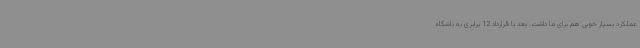
عملکرد بسیار خوبی هم برای ما داشت. بعد با قرارداد 12 برابری به باشگاه